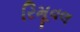
રિમૂવલ